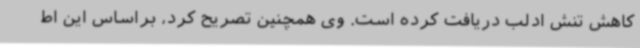
کاهش تنش ادلب دریافت کرده است. وی همچنین تصریح کرد، براساس این اط